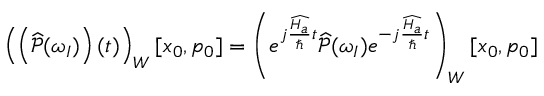
\left( \left( \widehat { \mathcal { P } } ( \omega _ { I } ) \right) ( t ) \right) _ { W } [ x _ { 0 } , p _ { 0 } ] = \left( e ^ { j \frac { \widehat { H _ { a } } } { \hbar } t } \widehat { \mathcal { P } } ( \omega _ { I } ) e ^ { - j \frac { \widehat { H _ { a } } } { \hbar } t } \right) _ { W } [ x _ { 0 } , p _ { 0 } ]